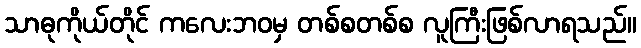
သာဓုကိုယ်တိုင် ကလေးဘဝမှ တစ်စတစ်စ လူကြီးဖြစ်လာရသည်။